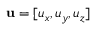
\mathbf { u } = [ u _ { x } , u _ { y } , u _ { z } ]